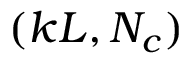
( k L , N _ { c } )